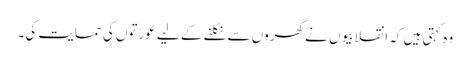
وہ کہتی ہیں کہ انقلابیوں نے گھروں سے نکلنے کے لیے عورتوں کی حمایت کی۔